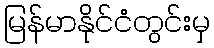
မြန်မာနိုင်ငံတွင်းမှ